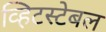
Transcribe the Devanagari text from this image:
व्हिटस्टेबल